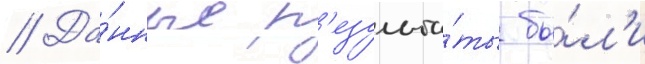
// Да́нные р'езульта́ты бы́л'и